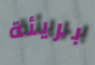
بريئة